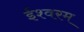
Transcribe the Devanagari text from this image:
ईश्वरम